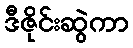
ဒီဇိုင်းဆွဲကာ